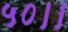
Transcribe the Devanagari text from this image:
५०।।